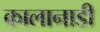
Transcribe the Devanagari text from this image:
कालानाडी